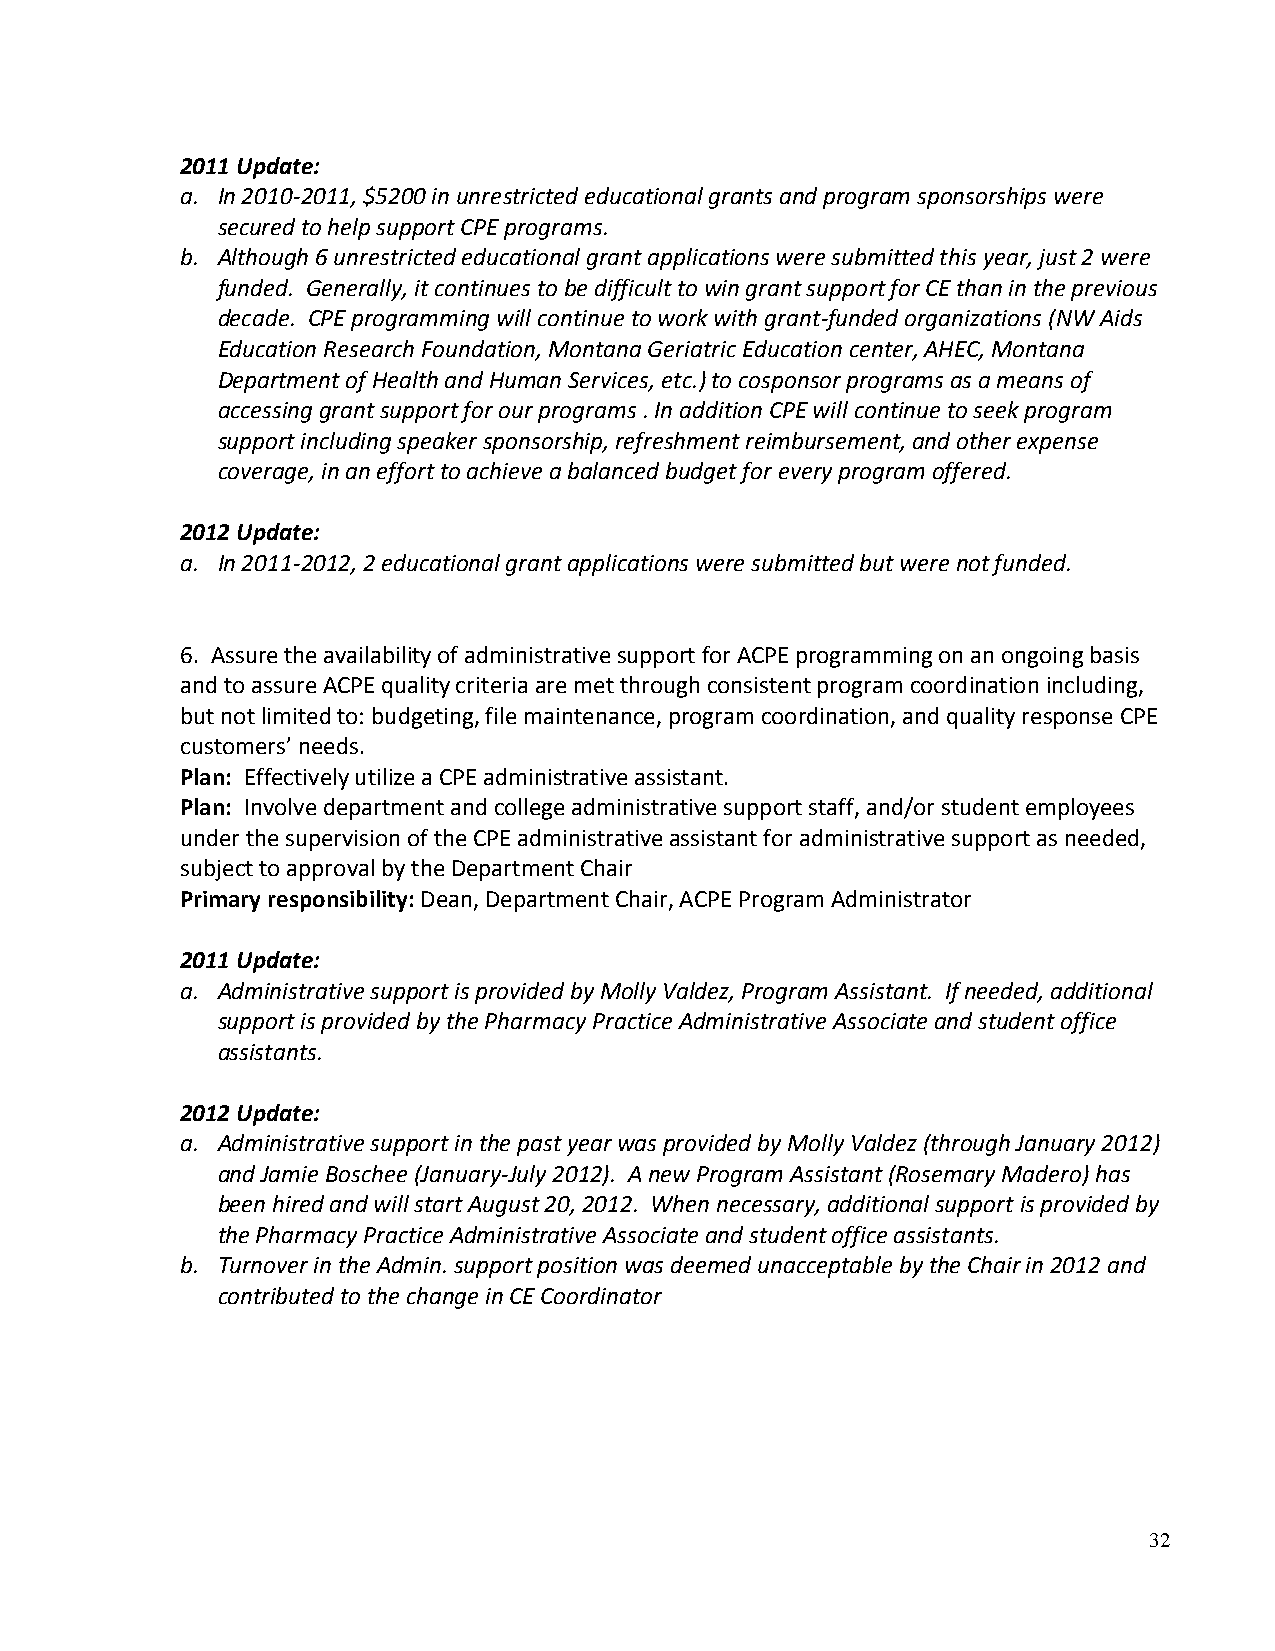
2011 Update:
 a. In 2010-2011, $5200 in unrestricted educational grants and program sponsorships were
 secured to help support CPE programs.
 b. Although 6 unrestricted educational grant applications were submitted this year, just 2 were
 funded. Generally, it continues to be difficult to win grant support for CE than in the previous
 decade. CPE programming will continue to work with grant-funded organizations (NW Aids
 Education Research Foundation, Montana Geriatric Education center, AHEC, Montana
 Department of Health and Human Services, etc.) to cosponsor programs as a means of
 accessing grant support for our programs . In addition CPE will continue to seek program
 support including speaker sponsorship, refreshment reimbursement, and other expense
 coverage, in an effort to achieve a balanced budget for every program offered.
 2012 Update:
 a. In 2011-2012, 2 educational grant applications were submitted but were not funded.
 6. Assure the availability of administrative support for ACPE programming on an ongoing basis
 and to assure ACPE quality criteria are met through consistent program coordination including,
 but not limited to: budgeting, file maintenance, program coordination, and quality response CPE
 customers’ needs.
 Plan: Effectively utilize a CPE administrative assistant.
 Plan: Involve department and college administrative support staff, and/or student employees
 under the supervision of the CPE administrative assistant for administrative support as needed,
 subject to approval by the Department Chair
 Primary responsibility: Dean, Department Chair, ACPE Program Administrator
 2011 Update:
 a. Administrative support is provided by Molly Valdez, Program Assistant. If needed, additional
 support is provided by the Pharmacy Practice Administrative Associate and student office
 assistants.
 2012 Update:
 a. Administrative support in the past year was provided by Molly Valdez (through January 2012)
 and Jamie Boschee (January-July 2012). A new Program Assistant (Rosemary Madero) has
 been hired and will start August 20, 2012. When necessary, additional support is provided by
 the Pharmacy Practice Administrative Associate and student office assistants.
 b. Turnover in the Admin. support position was deemed unacceptable by the Chair in 2012 and
 contributed to the change in CE Coordinator
 32